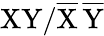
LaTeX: \mathrm{{XY/\overline{{X}}\, \overline{{Y}}}}